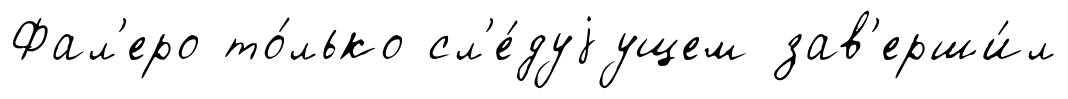
Фал'еро то́лько сл'е́дуjущем зав'ерши́л